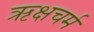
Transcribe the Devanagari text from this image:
ऋक्षचर्म